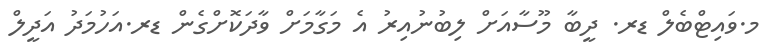
މ.ވައިޓްބެލް ޑރ. ދީބާ މޫސާއަށް ލިބުނުއިރު އެ މަގާމަށް ވާދަކޮށްގެން ޑރ.އަހުމަދު އަދީލް